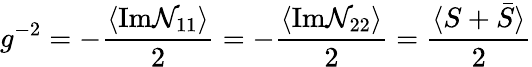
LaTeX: g^{-2}=-\frac{\langle\textrm{Im}\mathcal{N}_{11}\rangle}{2}=-\frac{\langle\textrm{Im}\mathcal{N}_{22}\rangle}{2}=\frac{\langle S+\bar{S}\rangle}{2}